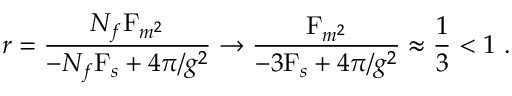
r = \frac { N _ { f } \mathrm { F } _ { m ^ { 2 } } } { - N _ { f } \mathrm { F } _ { s } + 4 \pi / g ^ { 2 } } \rightarrow \frac { \mathrm { F } _ { m ^ { 2 } } } { - 3 \mathrm { F } _ { s } + 4 \pi / g ^ { 2 } } \approx \frac 1 3 < 1 \ .